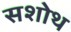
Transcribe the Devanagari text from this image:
सशोथ